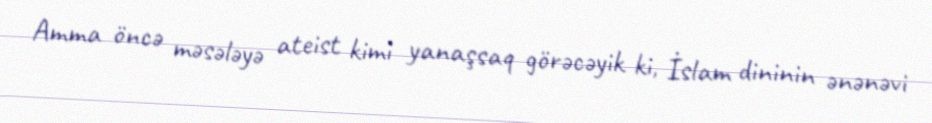
Amma öncə məsələyə ateist kimi yanaşsaq görəcəyik ki, İslam dininin ənənəvi